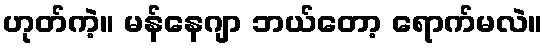
ဟုတ်ကဲ့။ မန်နေဂျာ ဘယ်တော့ ရောက်မလဲ။